Scottish Leaving Certificate Examination, 1961
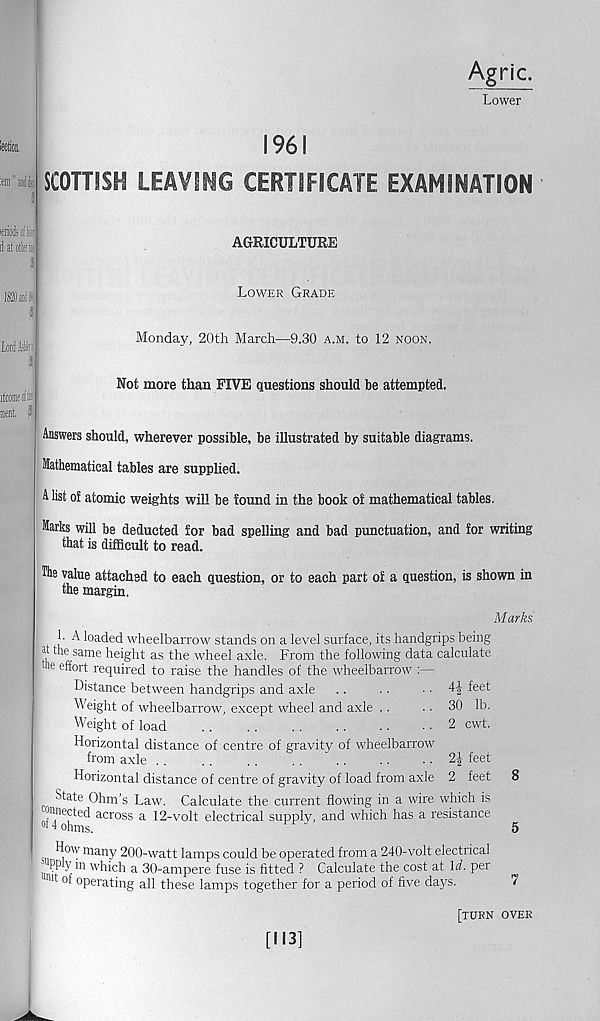
Agric.
Lower
leek
:em”a]fe
l i
SCOTTISH LEAVING
1961
CERTIFICATE EXAMINATION
lerioisolL
datclkc
AGRICULTURE
Lower Grade
Monday, 20th March—9.30 a.m. to 12 noon.
Not more than FIVE questions should be attempted.
Answers should, wherever possible, be illustrated by suitable diagrams.
Mathematical tables are supplied.
A list of atomic weights will be found in the book of mathematical tables.
Marks will be deducted for bad spelling and bad punctuation, and for writing
that is difficult to read.
The value attached to each question, or to each part of a question, is shown in
the margin.
Marks
h A loaded wheelbarrow stands on a level surface, its handgrips being
jp the same height as the wheel axle. From the following data calculate
ie effort required to raise the handles of the wheelbarrow :—
Distance between handgrips and axle ..
• •
• • 4| feet
h eight of wheelbarrow, except wheel and axle . .
.. 30 lb.
Weight of load
2 cwt.
Horizontal distance of centre of gravity of wheelbarrow
from axle . .
. .
. .
. . "
2| feet
Horizontal distance of centre of gravity of load from axle 2 feet 8
State Ohm’s Law. Calculate the current flowing in a wire which is
: TOnected across a 12-volt electrical supply, and which has a resistance
°f 4 ohms.
5
How many 200-watt lamps could be operated from a 240-volt electrical
ym which a 30-ampere fuse is fitted ? Calculate the cost at Id. per
11 of operating all these lamps together for a period of five days.
Lori H.
itcomec:
Ml. (I
[113]
[turn over